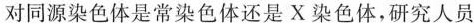
对同源染色体是常染色体还是X染色体，研究人员